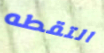
التقطه